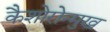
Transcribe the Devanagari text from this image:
कैशोरोन्मुख